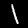
Label: 1